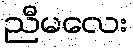
ညီမလေး